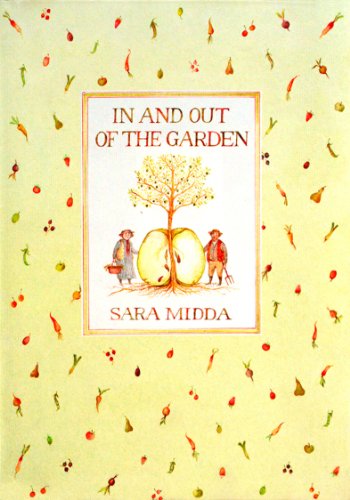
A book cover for In and Out of the Garden; Sara Midda; Crafts, Hobbies & Home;